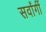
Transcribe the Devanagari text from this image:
सर्वांगीं